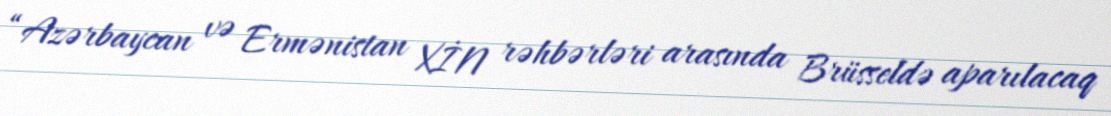
“Azərbaycan və Ermənistan XİN rəhbərləri arasında Brüsseldə aparılacaq